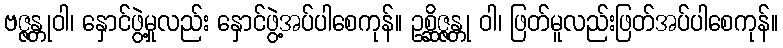
ဗဇ္ဇန္တုဝါ၊ နှောင်ဖွဲ့မှုလည်း နှောင်ဖွဲ့အပ်ပါစေကုန်။ ဥစ္ဆိဇ္ဇန္တု ဝါ၊ ဖြတ်မူလည်းဖြတ်အပ်ပါစေကုန်။